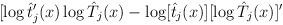
\begin{align*}[\log\hat{t}'_j(x)\log\hat{T}_j(x)-\log[\hat{t}_j(x)][\log\hat{T}_j(x)]'\end{align*}